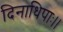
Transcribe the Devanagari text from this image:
दिनाधिपाः।।